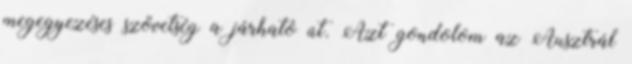
megegyezéses szövetség a járható út. Azt gondolom az Ausztrál